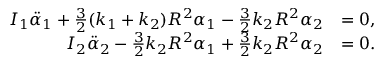
\begin{array} { r l } { I _ { 1 } \ddot { \alpha } _ { 1 } + \frac { 3 } { 2 } ( k _ { 1 } + k _ { 2 } ) R ^ { 2 } \alpha _ { 1 } - \frac { 3 } { 2 } k _ { 2 } R ^ { 2 } \alpha _ { 2 } } & { = 0 , } \\ { I _ { 2 } \ddot { \alpha } _ { 2 } - \frac { 3 } { 2 } k _ { 2 } R ^ { 2 } \alpha _ { 1 } + \frac { 3 } { 2 } k _ { 2 } R ^ { 2 } \alpha _ { 2 } } & { = 0 . } \end{array}